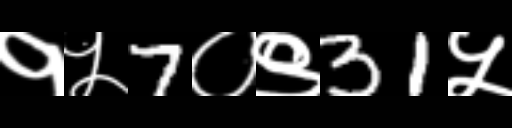
Text: १५7०९31५